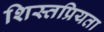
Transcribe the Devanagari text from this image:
शिस्तप्रियता